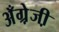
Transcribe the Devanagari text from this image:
अँग्रे़जी़